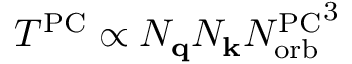
T ^ { \mathrm { P C } } \propto N _ { \mathbf { q } } N _ { \mathbf { k } } { N _ { \mathrm { o r b } } ^ { \mathrm { P C } } } ^ { 3 }